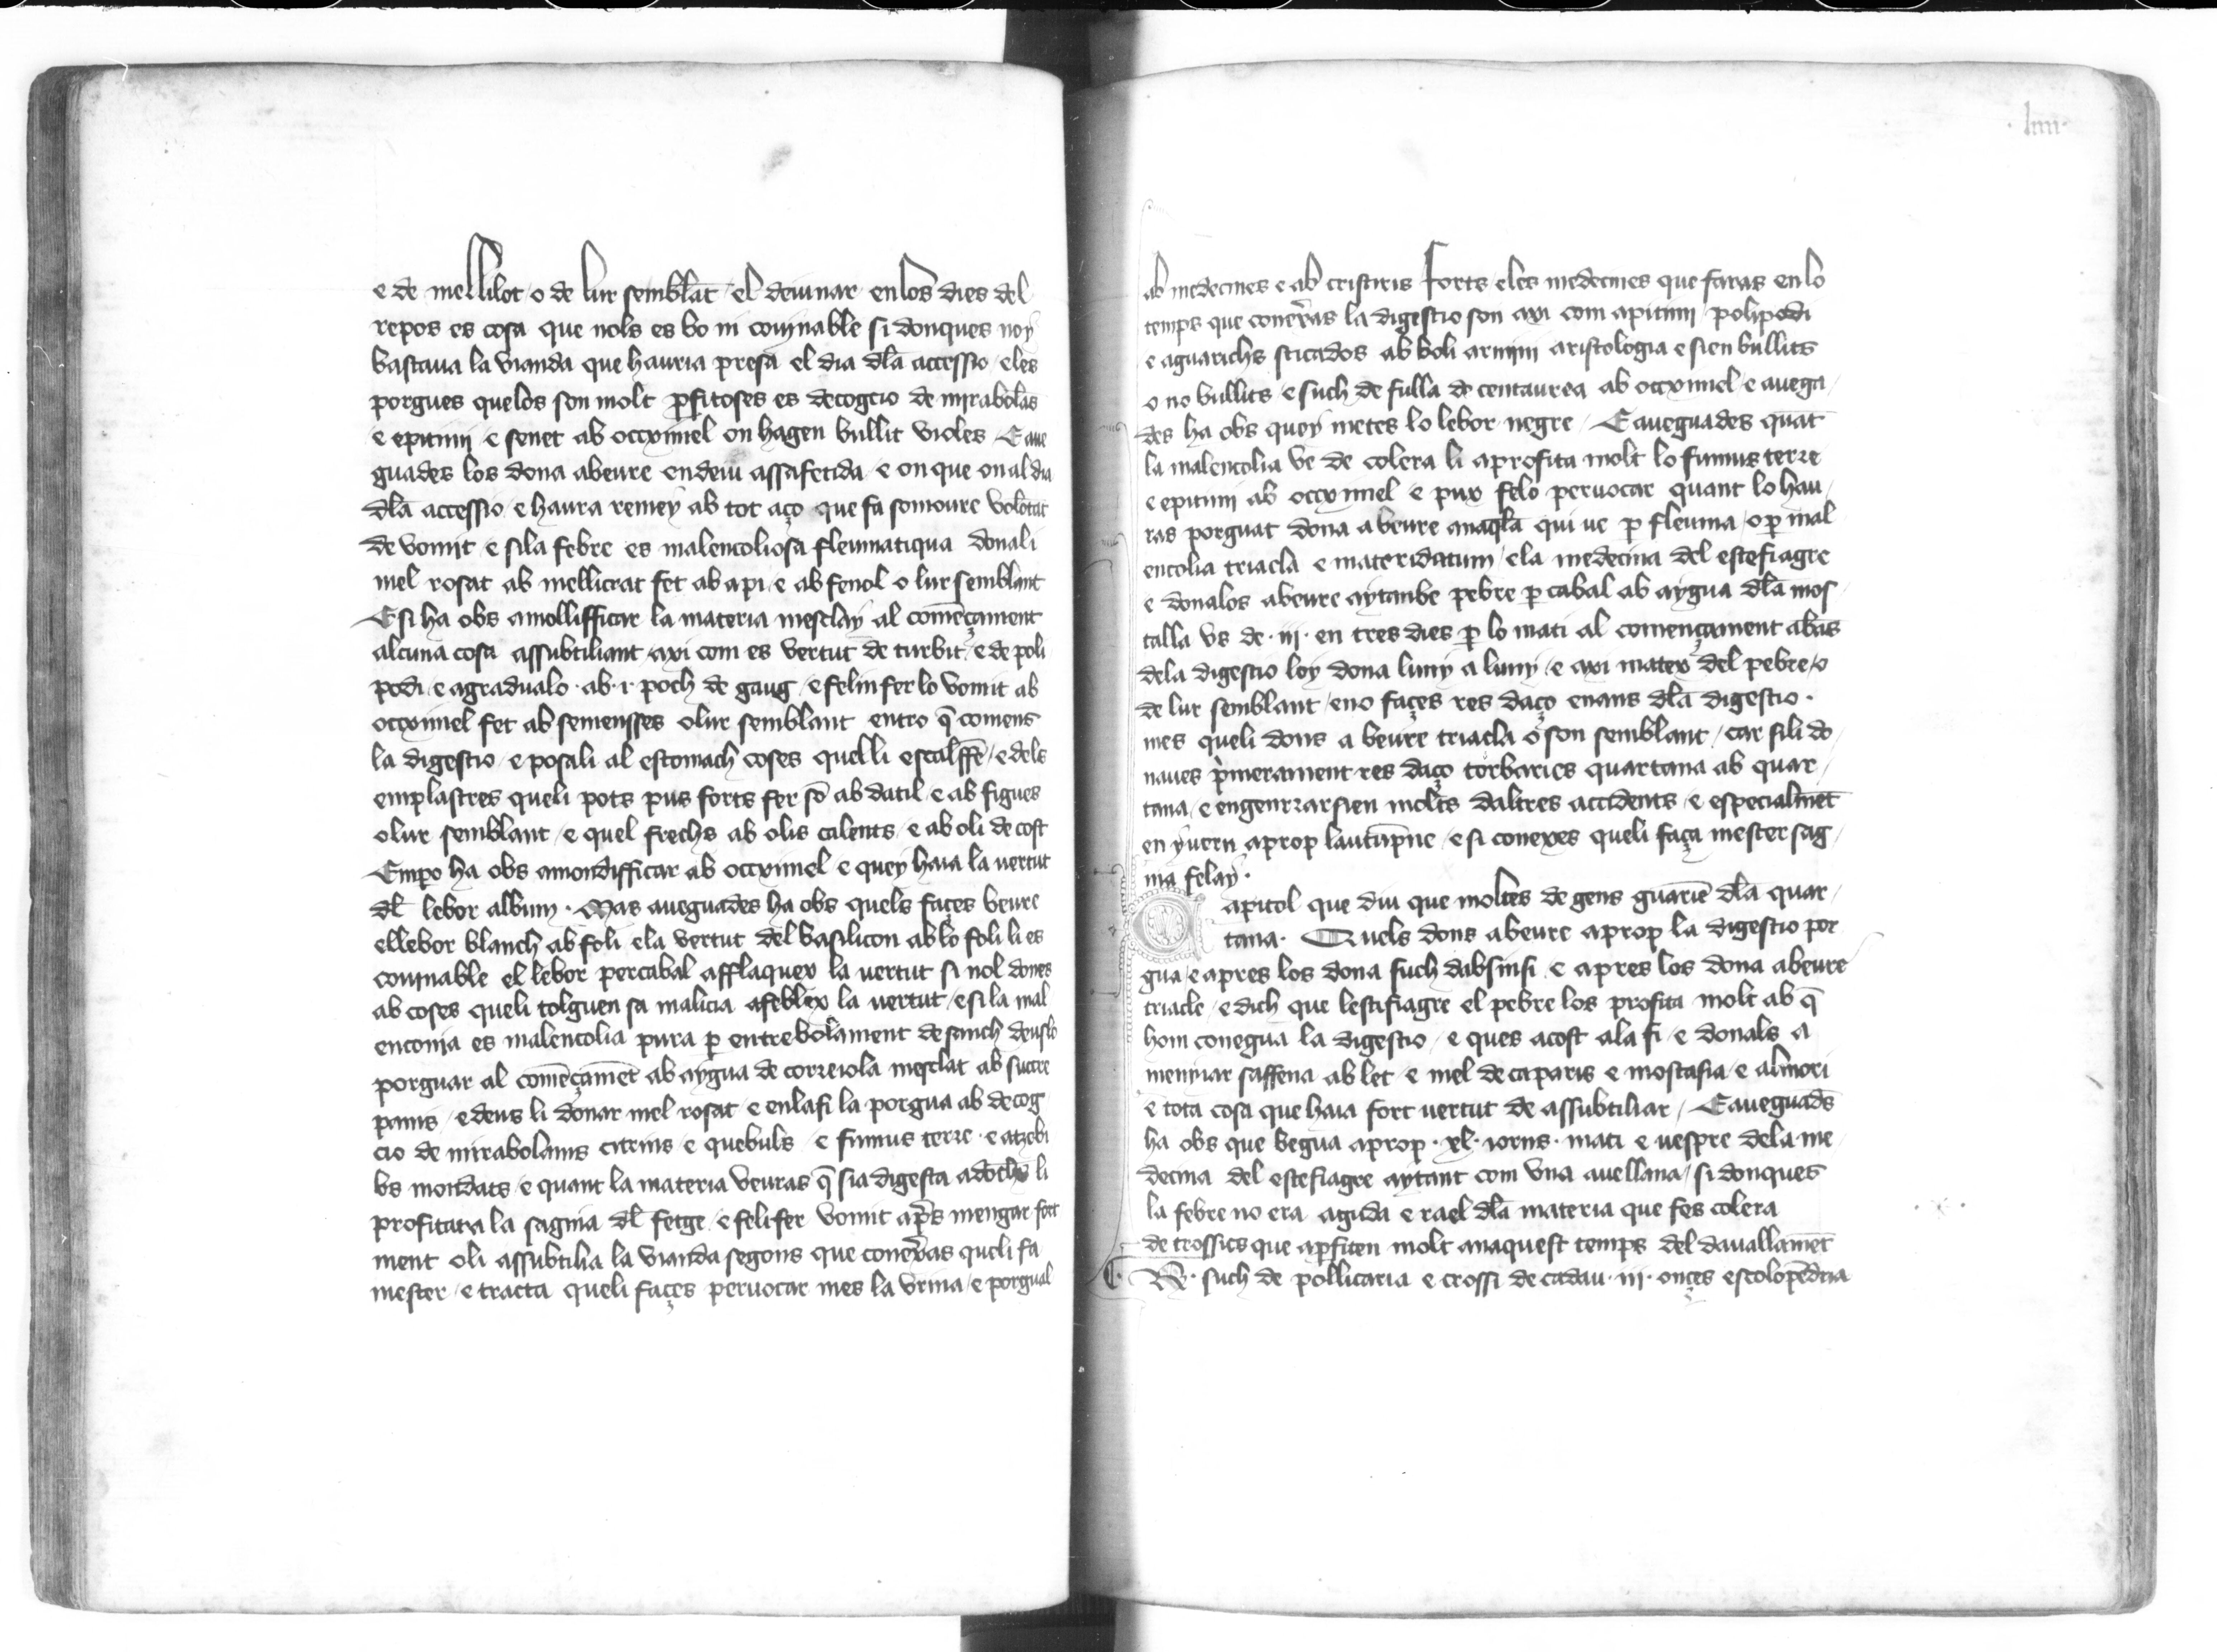
Shelfmark: Paris, BnF, esp. 563
Century: 14